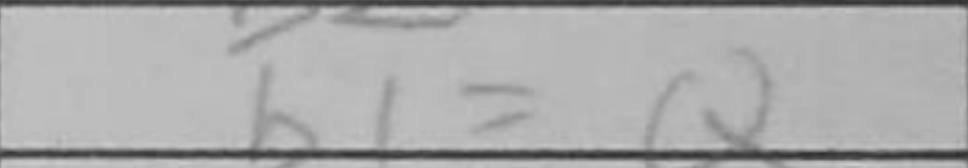
Transcription: b1=Q